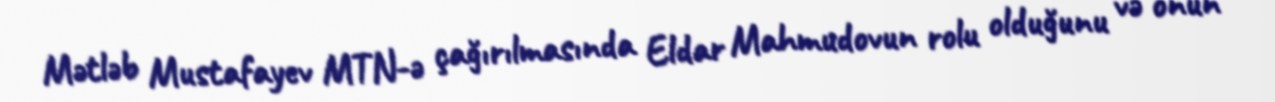
Mətləb Mustafayev MTN-ə çağırılmasında Eldar Mahmudovun rolu olduğunu və onun